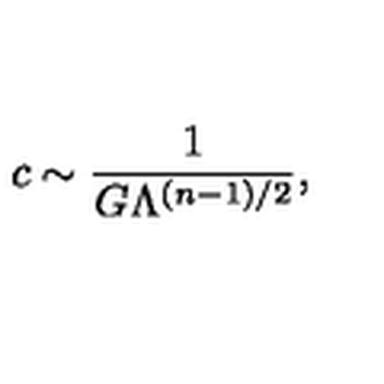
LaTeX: c \sim { \frac { 1 } { G \Lambda ^ { ( n - 1 ) / 2 } } } ,